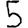
Digit: 5